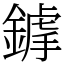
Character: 鎼